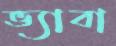
ভ্যাবা